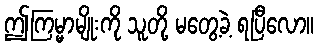
ဤကြမ္မာမျိုးကို သူတို့ မတွေ့ခဲ့ ရပြီလော။